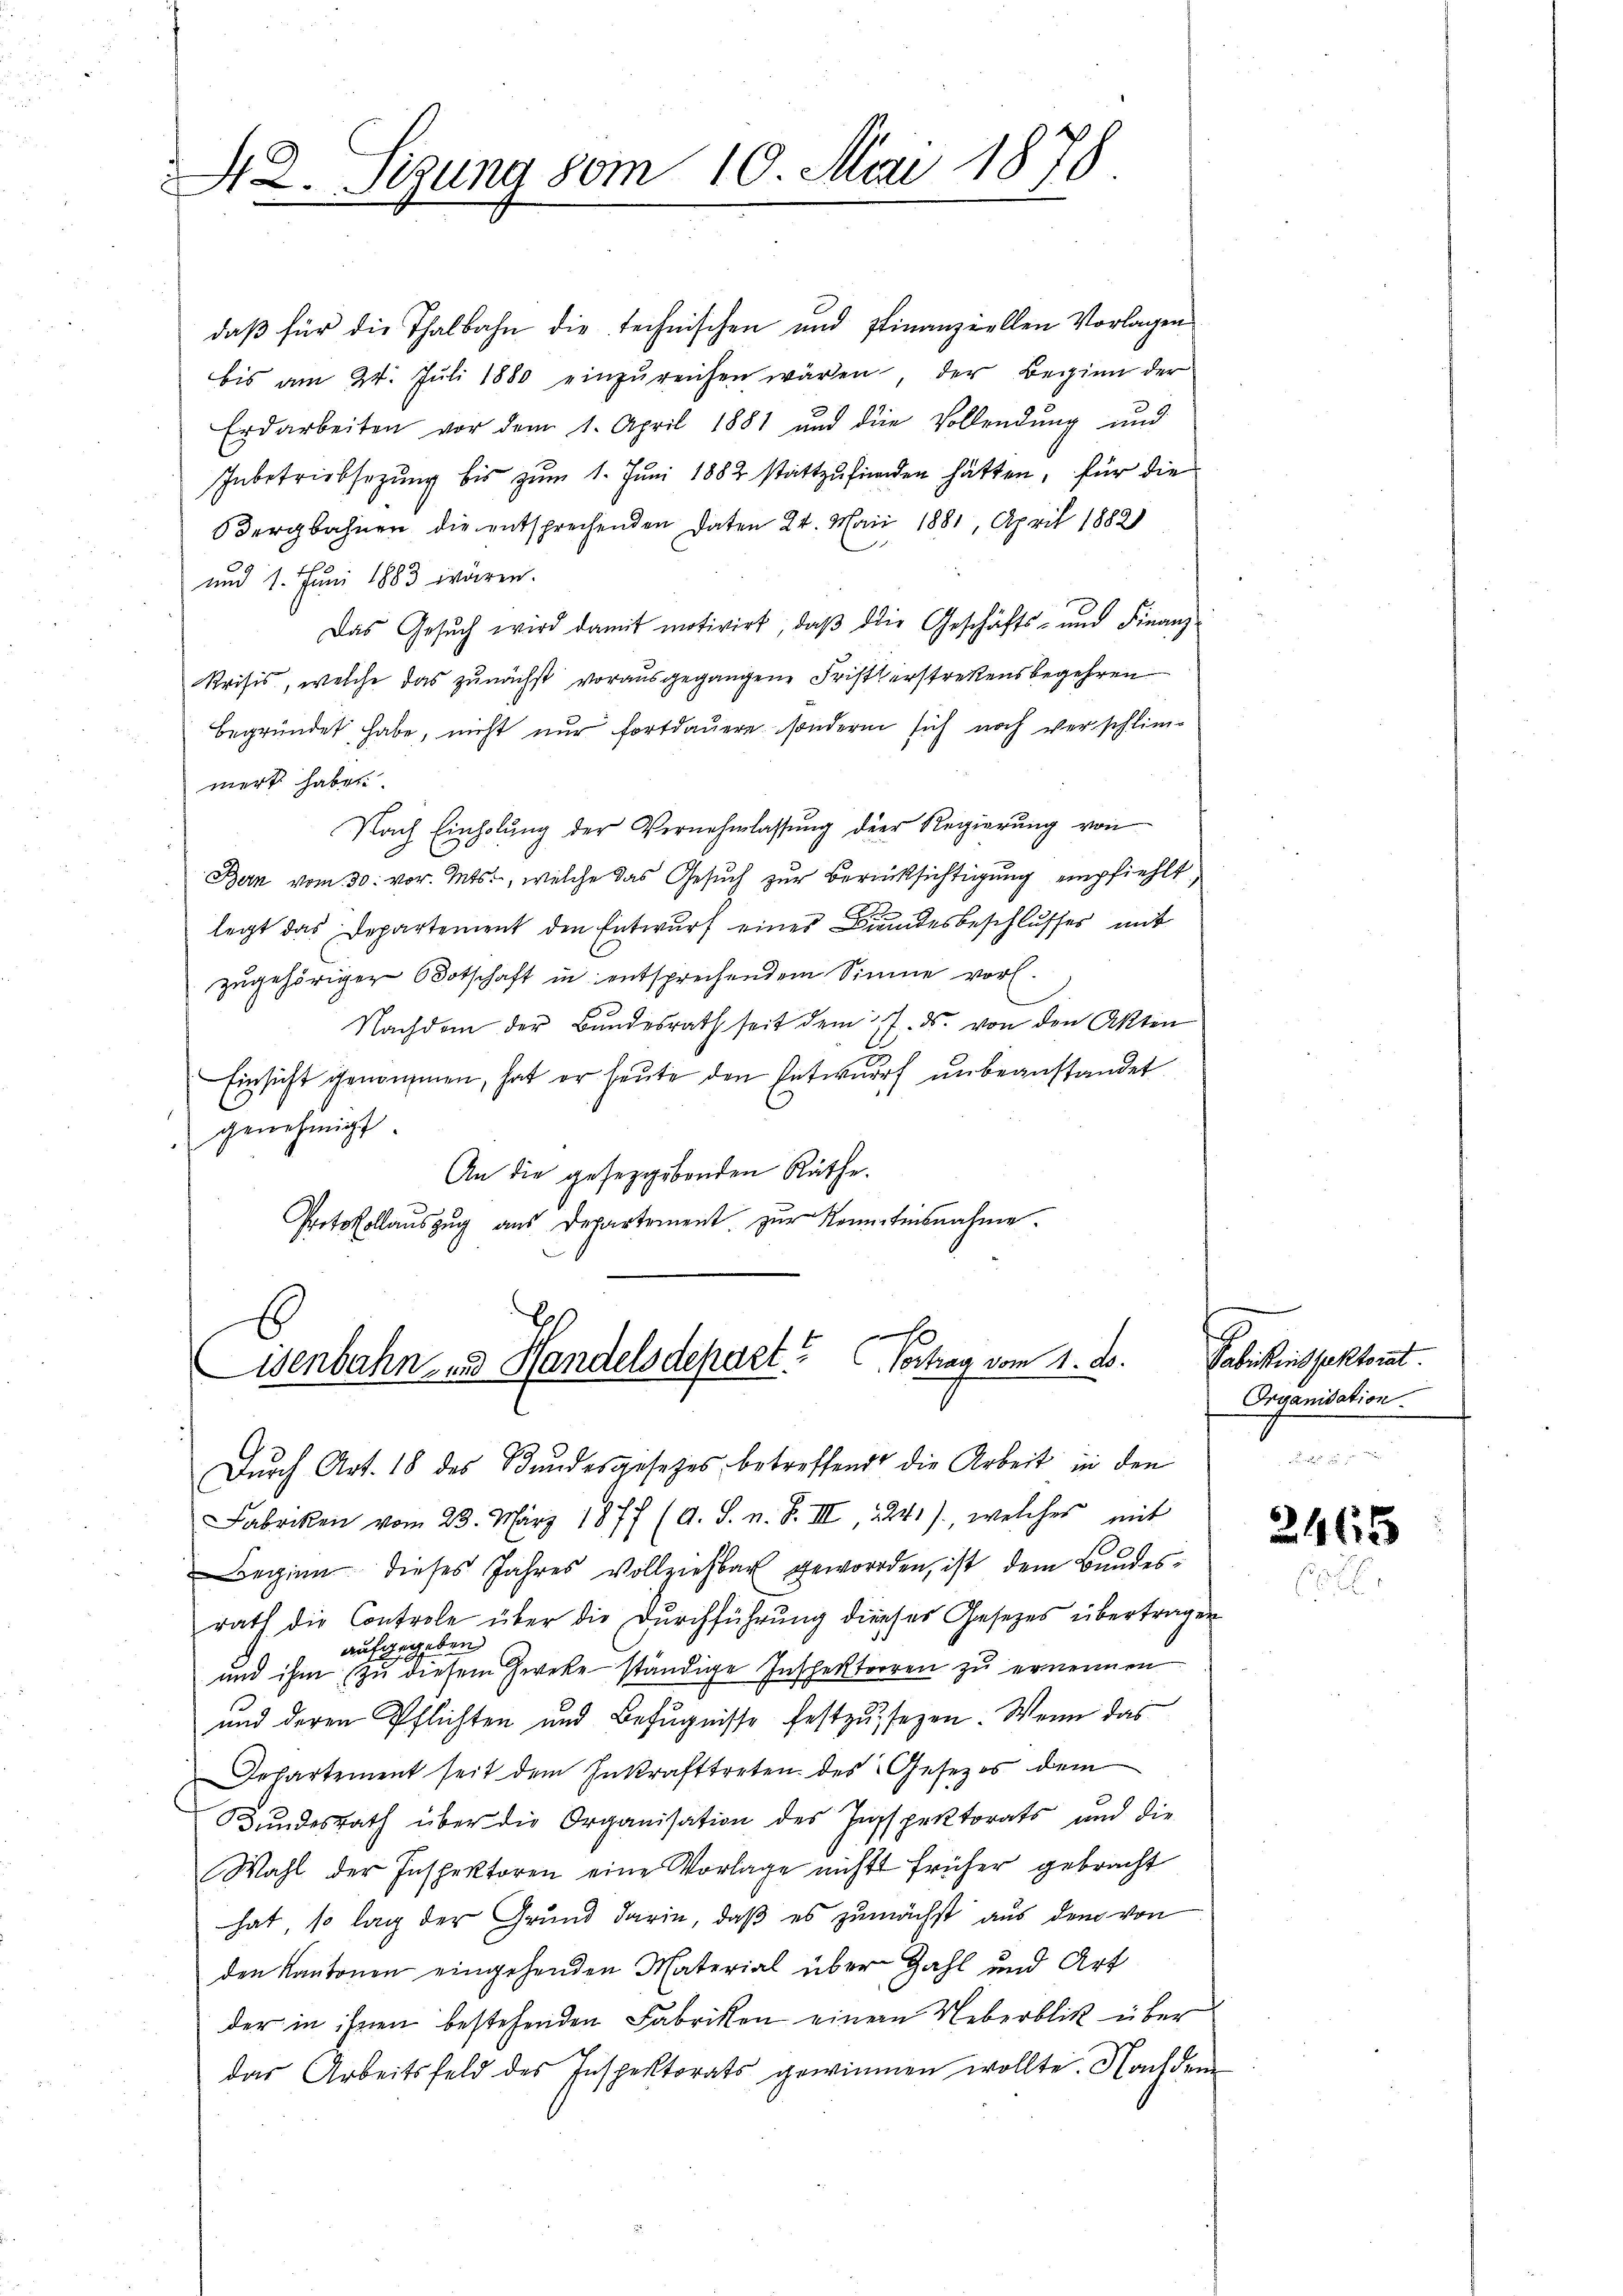
42. Sizung vom 10. Mai 1878

daβ für die Thalbahn die technischen und Finanziellen Vorlagen
bis am 24. Jŭli 1880 einzŭreichen wären der Beginn der
Erdarbeiten vor dem 1. April 1881 und die Vollendŭng und
Inbetriebsezung bis zum 1. Juni 1882 stattzufinden hätten, für die
OBergbahnen die entsprechenden Daten 24. Mai 1881, April 1882
und 1. Juni 1883 wären.
Das Gesŭch wird damit motivirt, daβ die Geschäfts- und Finanz-
Krisis, welche das zunächst vorausgegangene Fristerstretensbegehren
begründet habe, nicht nur fortdauere sondern sich noch verschlim-
mert haben.
Nach Einholung der Vernehmlassung der Regierung von
Bern vom 30. vor. Mts., welche das Gesuch zur Berücksichtigung empfiehlt
12
legt das Departement den Entwurf eines Fremdesbeschlusses mit
zugehörigen Botschaft in entsprechendem Sinne vor.
Nachdem der Bundesrath seit dem 17. ds. von den Akten
Einsicht genommen, hat er heute den Entwurf unbeanstandet
genehmigt.
An die gesetzgebenden Räthe.
Protokollaŭszŭg ans Departement zŭr Kenntensnahme.

isenbahn- und Handelsdepart? Vortrag vom 1. d.
Durch Art. 18 des Bundesgesetzes betreffend die Arbeit in den

Fabriken vom 23. März 1877 (A. S. n. F. III 2241), welches mit
Beginn dieses Jahres vollziehbar geworden, ist dem Bundes-

rath die Controle über die Durchführung dieses Gesetzes übertragen
aufgegeben
und ihm zu diesem Zweke ständige Inspektorren zu ernennen
und deren Pflichten und Befugnisse festzusezen. Wenn das
Departement seit dem Inkrafttreten des Gesetzes dem
Bundesrath über die Organisation des Inspektorats und die
Wahl der Inspektoren eine Vorlage nichts früher gebracht
hat, so lag der Grund darin, daß es zunächst aus dem von
den Kantonen eingehenden Material über Zahl und Art
der in ihnen bestehenden Fabriken einem Ueberblik über
das Arbeitsfeld des Inspektorats gewinnen wollte. Nachdem

Pabiens faktorat
Organisation.

2465